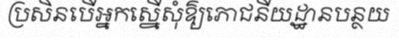
ប្រសិនបើអ្នកស្នើសុំឱ្យភោជនីយដ្ឋានបន្ថយ